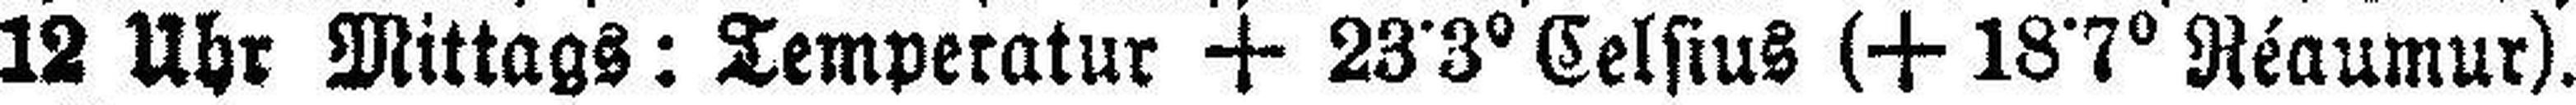
12 Uhr Mittags: Temperatur + 23•3° Celsius (+ 18•7° Réaumur).